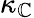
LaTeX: \kappa_{\mathbb{C}}